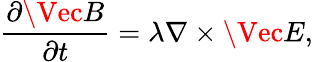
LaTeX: \frac{\partial\Vec{B}}{\partial t}=\lambda\nabla\times\Vec{E},